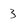
Character: 3